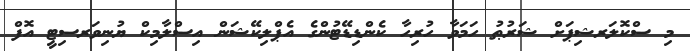
މި ސްކޮލަރޝިޕަށް ޝަރުޠު ހަމަވާ ހުރިހާ ކެންޑިޑޭޓުންގެ އެޕްލިކޭޝަން އިސްލާމިކް ޔުނިވަރސިޓީ އޮފް